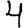
Digit: 4